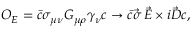
{ \cal O } _ { E } = \bar { c } \sigma _ { \mu \nu } G _ { \mu \rho } \gamma _ { \nu } c \rightarrow \bar { c } \vec { \sigma } \, \vec { E } \times i \vec { D } c ,